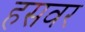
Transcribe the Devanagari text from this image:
हसवर